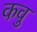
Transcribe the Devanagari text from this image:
कवु